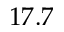
1 7 . 7